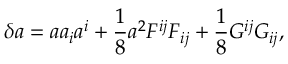
\delta a = a a _ { i } a ^ { i } + \frac { 1 } { 8 } a ^ { 2 } F ^ { i j } F _ { i j } + \frac { 1 } { 8 } G ^ { i j } G _ { i j } ,